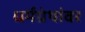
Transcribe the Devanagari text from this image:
धर्मग्रंथांवर